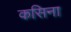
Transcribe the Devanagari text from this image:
कसिना